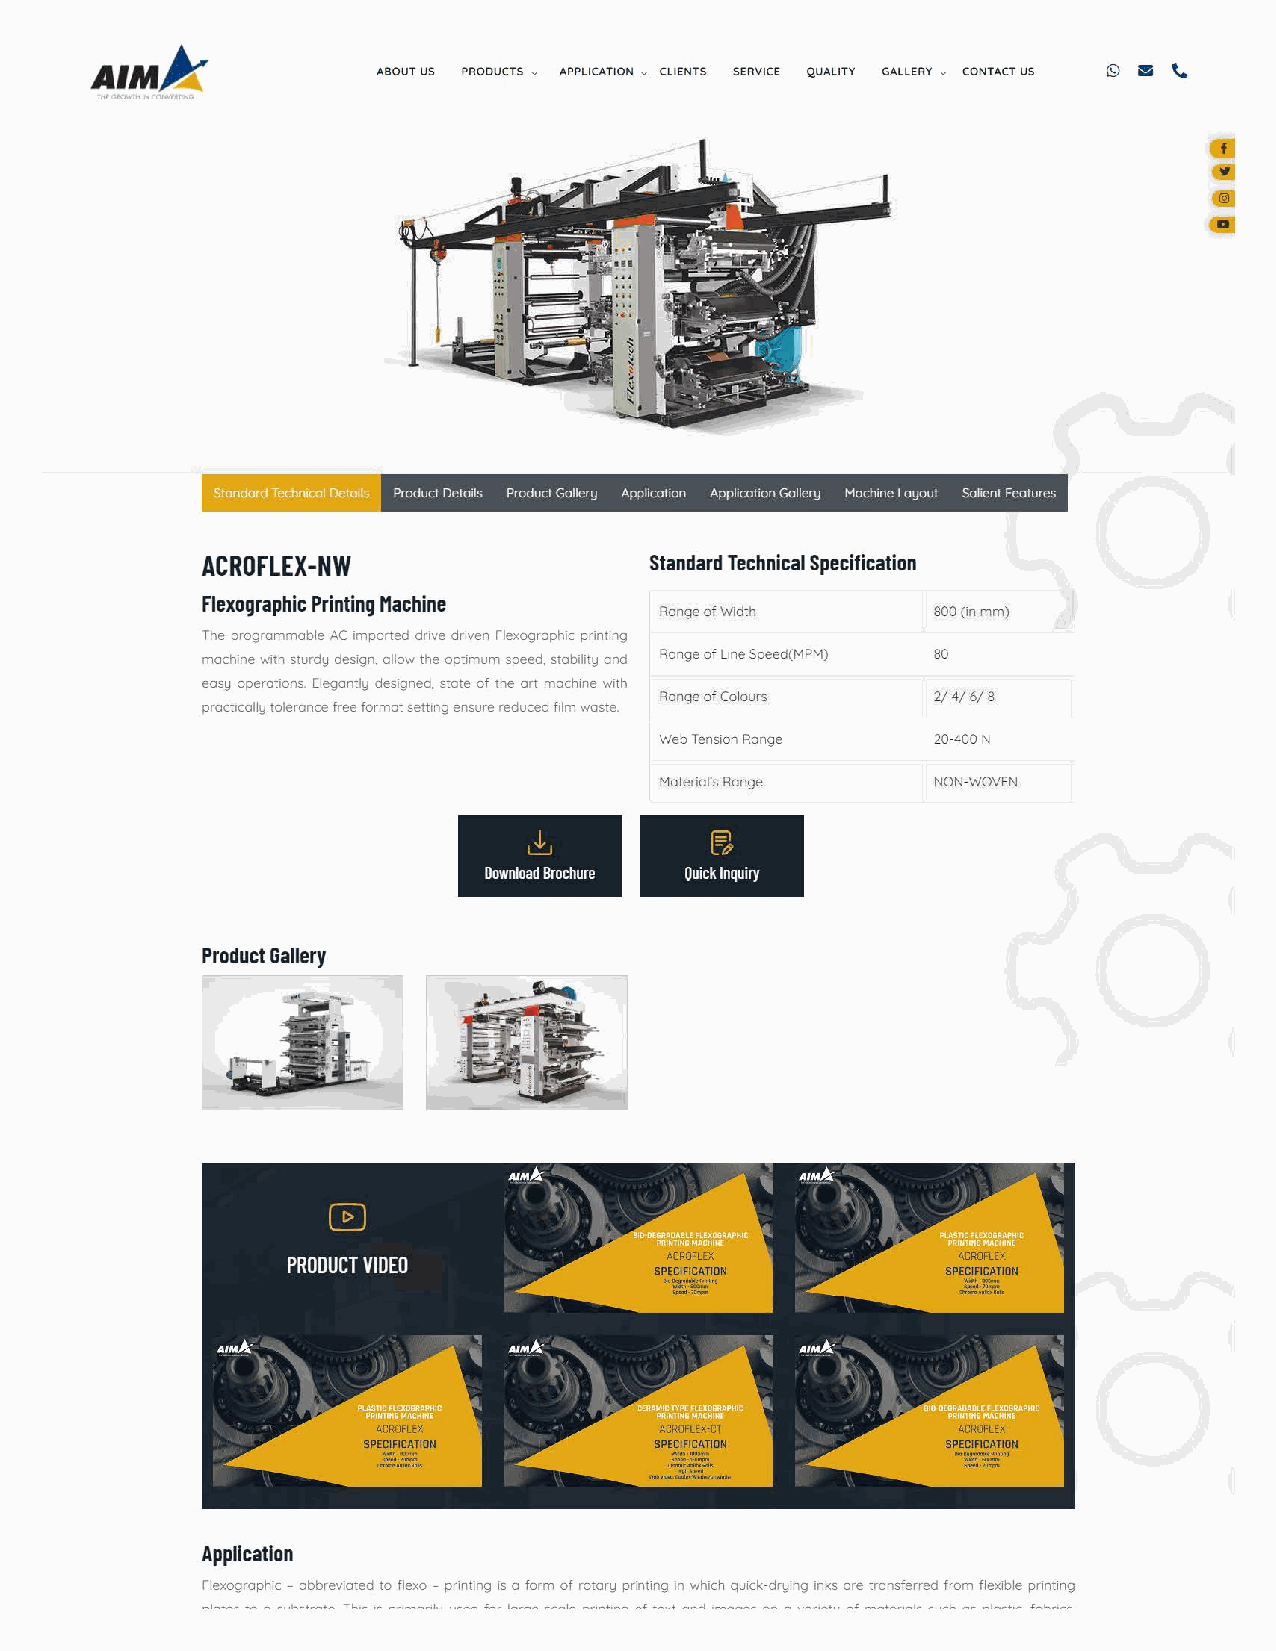
ABOUT US PRODUCTS v APPLICATION v CLIENTS SERVICE QUALITY GALLERY v CONTACT US
 Product Deta1ls Product Gallery Apphcallon Apphcallon Gallery Mach1ne Layout Salient Features
 ACROFLEX-NW                   Standard Technical Specification
 Flexographic Printing Machine
 Range of Width    800 (in mm)
 The programmable AC imported drive driven Flexogrophic printing
 machine with sturdy design, allow the optimum speed, stability ond Range of Line Speed(MPM) 80
 easy operations. Elegantly designed. state of the art machine with
 Range of Colours  2/4/6/8
 practically tolerance free format setting ensure reduced film waste.
 Web Tension Range 20-400 N
 Material's Range  NON-WOVEN
 @
 ~
 Download Brochure Quick Inquiry
 Product Gallery
 --·--
 t.--·---
 -.,.·_15Cft' oo. .
 ~·--              .--~-.. ....-...
 Application
 Flexogrophic - abbreviated to flexo - printing is a form of rotary printing in which quick-drying inks ore transferred from flexible printing